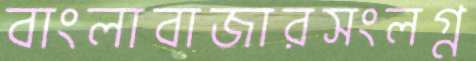
বাংলাবাজারসংলগ্ন